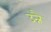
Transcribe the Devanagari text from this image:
उन्नै